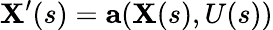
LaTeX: \mathbf{X}^{\prime}(s)=\mathbf{a}(\mathbf{X}(s),U(s))